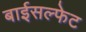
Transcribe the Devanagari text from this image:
बाईसल्फेट